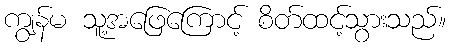
ကျွန်မ သူ့အဖြေကြောင့် စိတ်ထင့်သွားသည်။